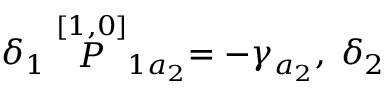
\delta _ { 1 } \stackrel { [ 1 , 0 ] } { \cal P } _ { 1 a _ { 2 } } = - \gamma _ { a _ { 2 } } , \; \delta _ { 2 }